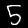
Label: 5